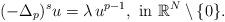
LaTeX: \begin{align*}(-\Delta_p)^s u=\lambda\, u^{p-1},\mbox{ in }\mathbb{R}^N\setminus\{0\}.\end{align*}